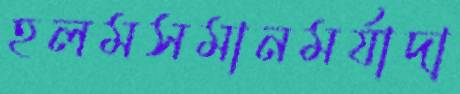
হলমসমানমর্যাদা